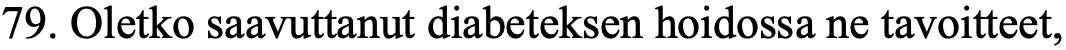
79. Oletko saavuttanut diabeteksen hoidossa ne tavoitteet,